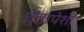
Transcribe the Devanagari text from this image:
चेतापेशीं